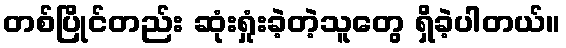
တစ်ပြိုင်တည်း ဆုံးရှုံးခဲ့တဲ့သူတွေ ရှိခဲ့ပါတယ်။